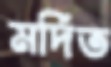
মর্দিত